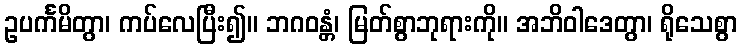
ဥပင်္ကမိတွာ၊ ကပ်လေပြီး၍။ ဘဂဝန္တံ၊ မြတ်စွာဘုရားကို။ အဘိဝါဒေတွာ၊ ရိုသေစွာ